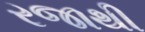
રજાથી